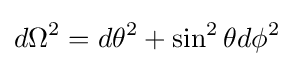
d\Omega ^{2}=d\theta ^{2}+\sin ^{2}\theta d\phi ^{2}\